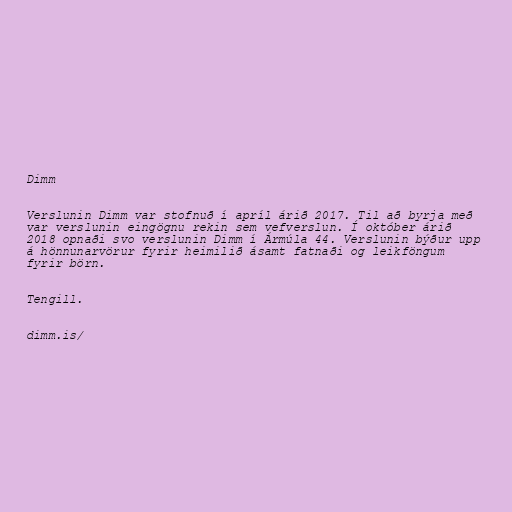
Dimm

Verslunin Dimm var stofnuð í apríl árið 2017. Til að byrja með
var verslunin eingögnu rekin sem vefverslun. Í október árið
2018 opnaði svo verslunin Dimm í Ármúla 44. Verslunin býður upp
á hönnunarvörur fyrir heimilið ásamt fatnaði og leikföngum
fyrir börn.

Tengill.

dimm.is/